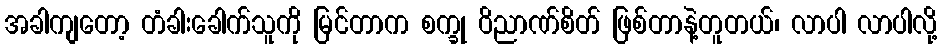
အခါကျတော့ တံခါးခေါက်သူကို မြင်တာက စက္ခု ဝိညာဏ်စိတ် ဖြစ်တာနဲ့တူတယ်၊ လာပါ လာပါလို့